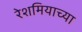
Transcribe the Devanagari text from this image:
रेशमियाच्या